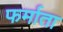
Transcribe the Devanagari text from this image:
फर्माता